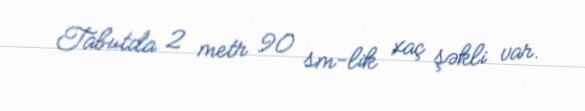
Tabutda 2 metr 90 sm-lik xaç şəkli var.